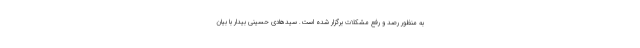
به منظور رصد و رفع مشکلات برگزار شده است. سیدهادی حسینی بیدار با بیان